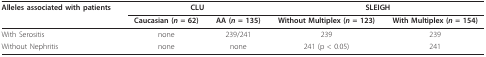
<table><thead><tr><td><b>Alleles associated with patients</b></td><td colspan="2"><b>CLU</b></td><td colspan="2"><b>SLEIGH</b></td></tr><tr><td></td><td><b>Caucasian (<i>n </i>= 62)</b></td><td><b>AA (<i>n </i>= 135)</b></td><td><b>Without Multiplex (<i>n </i>= 123)</b></td><td><b>With Multiplex (<i>n </i>= 154)</b></td></tr></thead><tbody><tr><td>With Serositis</td><td>none</td><td>239/241</td><td>239</td><td>239</td></tr><tr><td>Without Nephritis</td><td>none</td><td>none</td><td>241 (p &lt; 0.05)</td><td>241</td></tr></tbody></table>